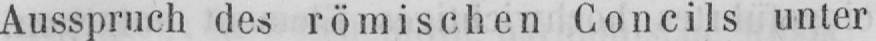
Ausspruch des römischen Concils unter